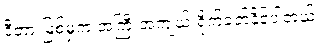
ဒီတားမြစ်မှုက အကြီးအကျယ် ရိုက်ခတ်နိုင်ပါတယ်။